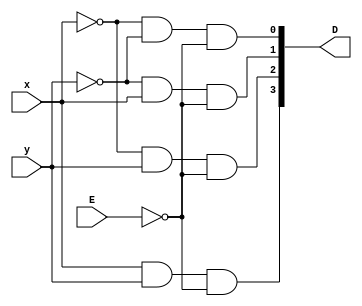
module Decoder24_DataFlow(x, y, E, D);
    
    input x, y, E;
    output [3:0] D;

    assign D[0] = ~x & ~y & ~E;
    assign D[1] = ~y &  x & ~E;
    assign D[2] = ~x &  y & ~E;
    assign D[3] =  x &  y & ~E;

endmodule
// Part c